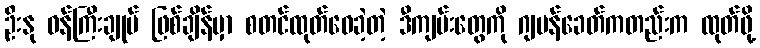
ဦးနု ဝန်ကြီးချုပ် ဖြစ်ချိန်မှာ စတင်ထုတ်ဝေခဲ့တဲ့ ဒီကျမ်းတွေကို ဂျပန်ခေတ်ကတည်းက ထုတ်ဖို့